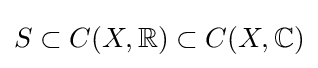
S\subset C(X,\mathbb {R} )\subset C(X,\mathbb {C} )